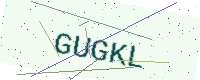
Text: GUGKL